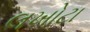
લખોટા